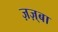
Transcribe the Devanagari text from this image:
ज़ज़्बा